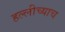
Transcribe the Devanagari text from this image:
हल्लीच्याच